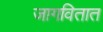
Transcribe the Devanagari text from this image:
जागवितात